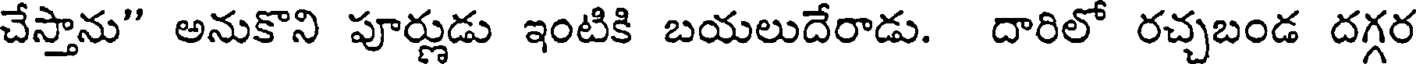
చేస్తాను" అనుకొని పూర్ణుడు ఇంటికి బయలుదేరాడు. దారిలో రచ్చబండ దగ్గర